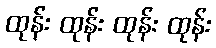
ထုန်း ထုန်း ထုန်း ထုန်း